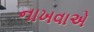
નાખવાએ